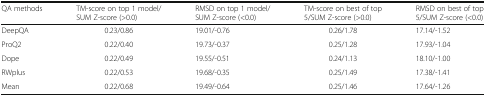
| QA methods | TM-score on top 1 model/SUM Z-score (>0.0) | RMSD on top 1 model/SUM Z-score (<0.0) | TM-score on best of top 5/SUM Z-score (>0.0) | RMSD on best of top 5/SUM Z-score (<0.0) |
 | --- | --- | --- | --- | --- |
 | DeepQA | 0.23/0.86 | 19.01/-0.76 | 0.26/1.78 | 17.14/-1.52 |
 | ProQ2 | 0.22/0.40 | 19.73/-0.37 | 0.25/1.28 | 17.93/-1.04 |
 | Dope | 0.22/0.49 | 19.55/-0.51 | 0.24/1.13 | 18.10/-1.00 |
 | RWplus | 0.22/0.53 | 19.68/-0.35 | 0.25/1.49 | 17.38/-1.41 |
 | Mean | 0.22/0.68 | 19.49/-0.64 | 0.25/1.46 | 17.64/-1.26 |